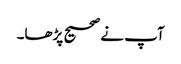
آپ نے صحیح پڑھا۔